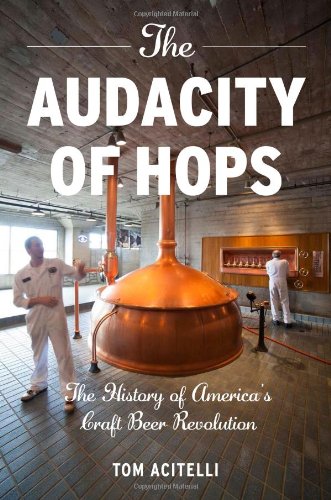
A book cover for The Audacity of Hops: The History of America's Craft Beer Revolution; Tom Acitelli; Cookbooks, Food & Wine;